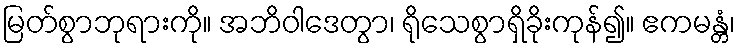
မြတ်စွာဘုရားကို။ အဘိဝါဒေတွာ၊ ရိုသေစွာရှိခိုးကုန်၍။ ဧကမန္တံ၊